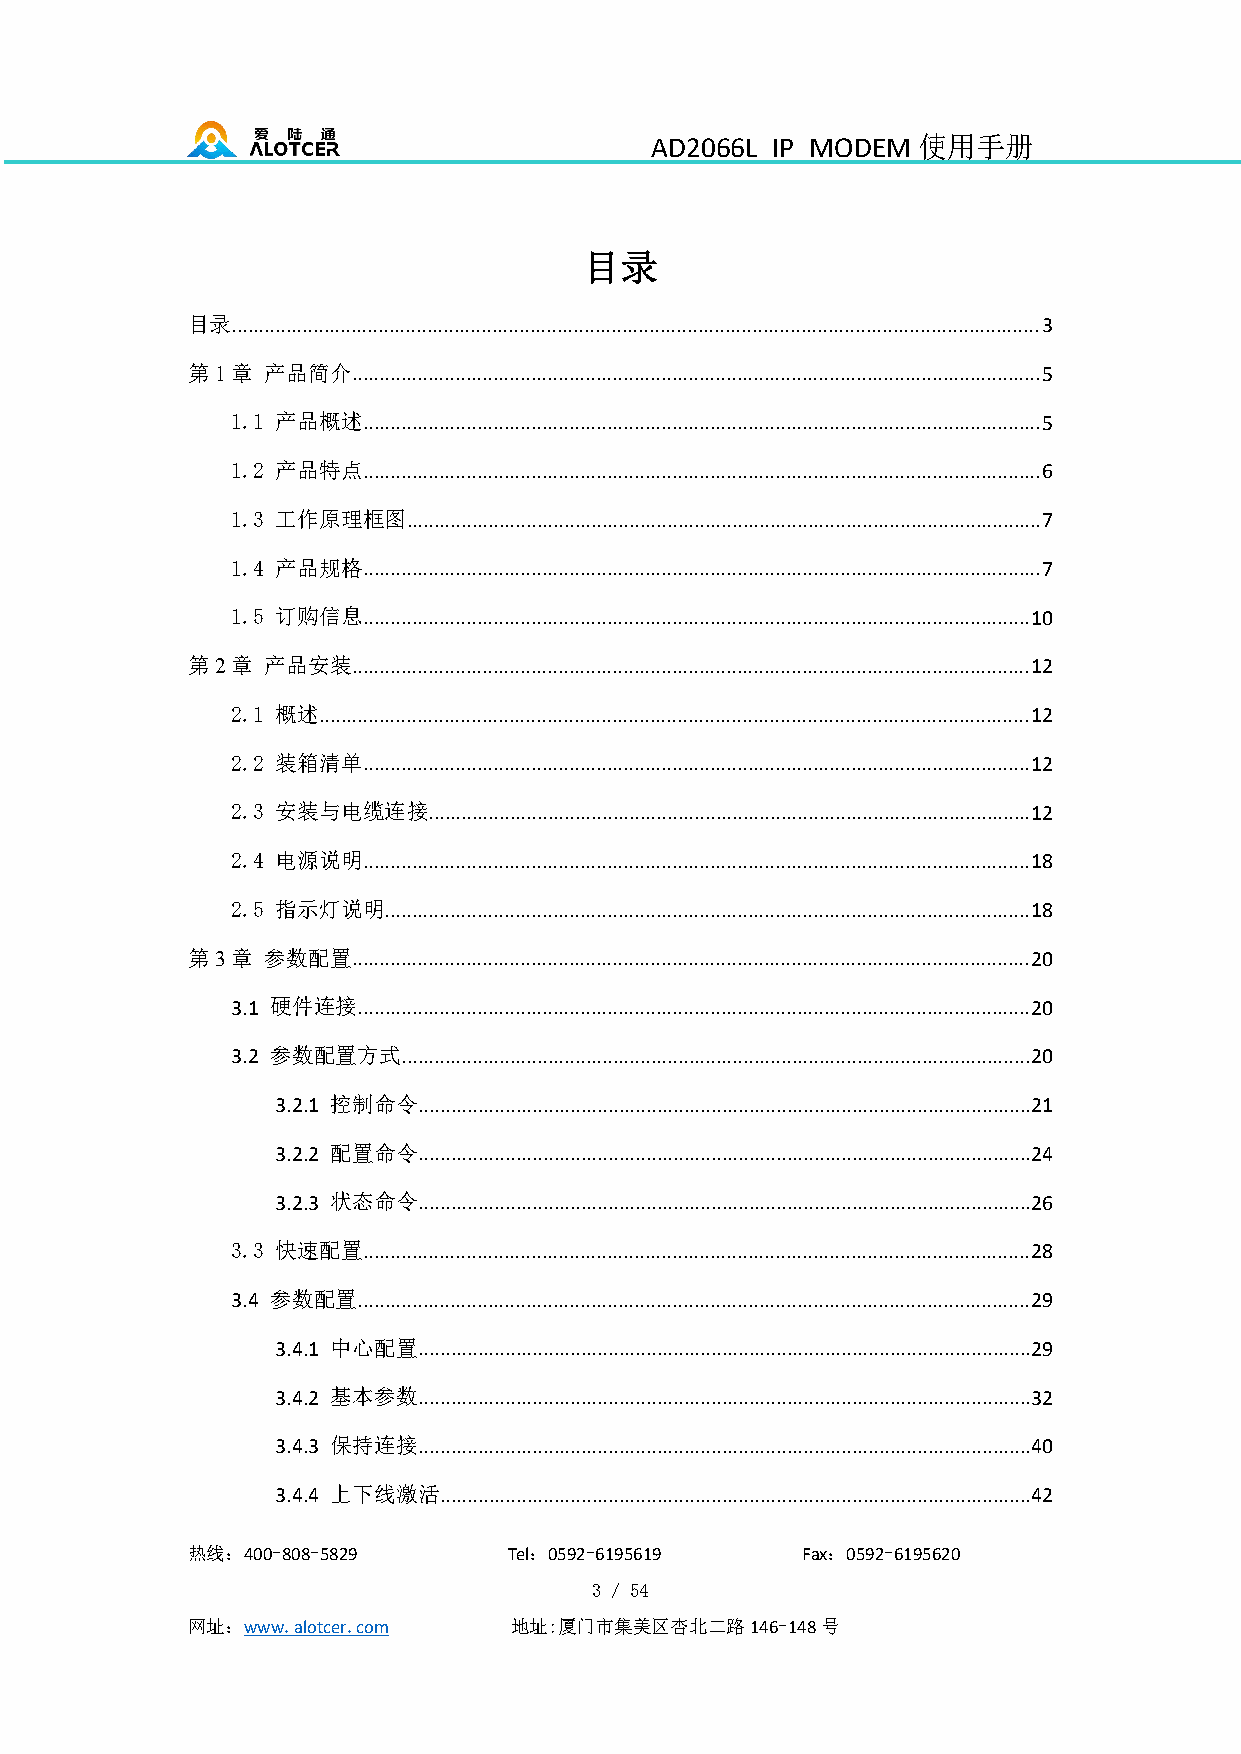
AD2066L IP MODEM  使用手册
 目录
 目录.....................................................................................................................................................3
 第1章  产品简介...............................................................................................................................5
 1.1 产品概述.............................................................................................................................5
 1.2 产品特点.............................................................................................................................6
 1.3 工作原理框图.....................................................................................................................7
 1.4 产品规格.............................................................................................................................7
 1.5 订购信息...........................................................................................................................10
 第2章  产品安装.............................................................................................................................12
 2.1 概述...................................................................................................................................12
 2.2 装箱清单...........................................................................................................................12
 2.3 安装与电缆连接...............................................................................................................12
 2.4 电源说明...........................................................................................................................18
 2.5 指示灯说明.......................................................................................................................18
 第3章  参数配置.............................................................................................................................20
 3.1 硬件连接............................................................................................................................20
 3.2 参数配置方式....................................................................................................................20
 3.2.1 控制命令.................................................................................................................21
 3.2.2 配置命令.................................................................................................................24
 3.2.3 状态命令.................................................................................................................26
 3.3 快速配置...........................................................................................................................28
 3.4 参数配置............................................................................................................................29
 3.4.1 中心配置.................................................................................................................29
 3.4.2 基本参数.................................................................................................................32
 3.4.3 保持连接.................................................................................................................40
 3.4.4 上下线激活.............................................................................................................42
 热线：400-808-5829       Tel：0592-6195619   Fax：0592-6195620
 3 / 54
 网址：www.alotcer.com    地址:厦门市集美区杏北二路146-148号